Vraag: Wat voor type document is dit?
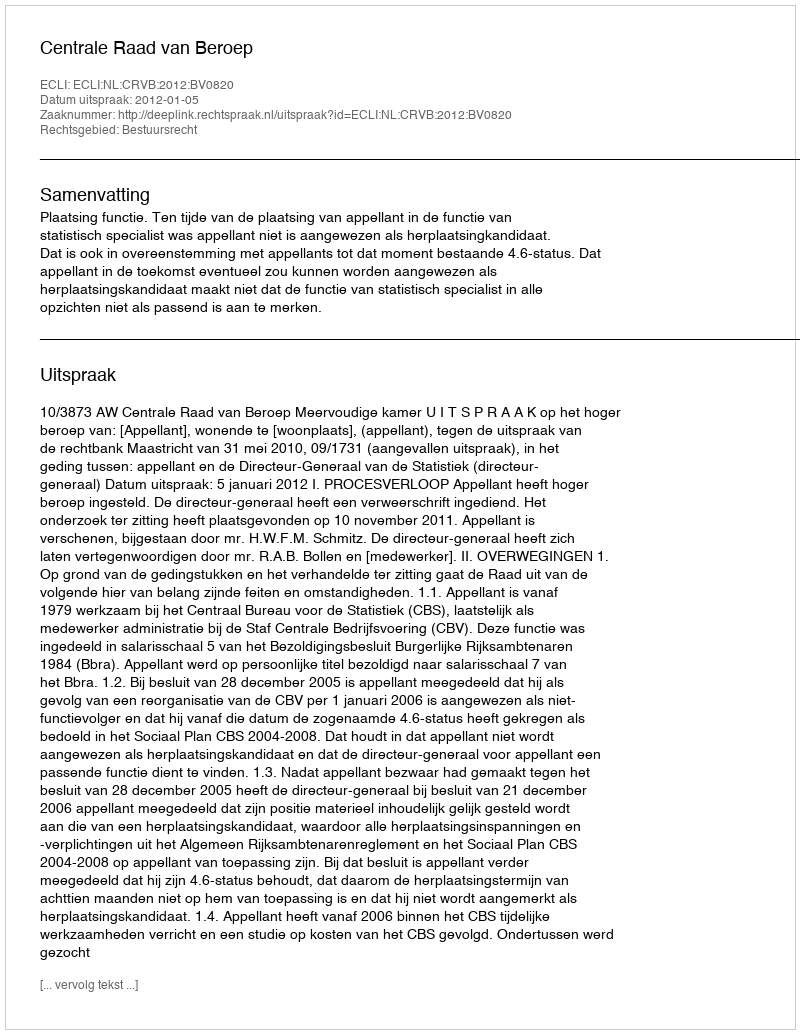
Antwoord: Uitspraak